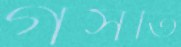
গসতি